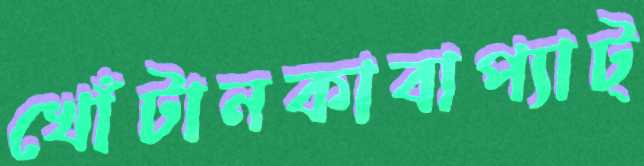
খোঁটানকাবাপ্যাট্